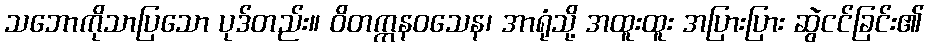
သဘောကိုသာပြသော ပုဒ်တည်း။ ဝိတက္ကနဝသေန၊ အာရုံသို့ အထူးထူး အပြားပြား ဆွဲငင်ခြင်း၏